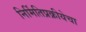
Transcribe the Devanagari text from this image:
निर्मितिप्रक्रीयेचा